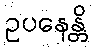
ဥပနေန္တိ